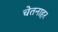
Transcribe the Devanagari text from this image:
चेतनाहर